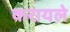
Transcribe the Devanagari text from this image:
करायले